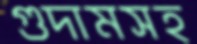
গুদামসহ